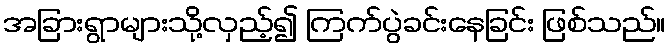
အခြားရွာများသို့လှည့်၍ ကြက်ပွဲခင်းနေခြင်း ဖြစ်သည်။